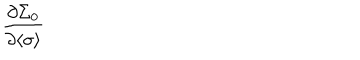
LaTeX: \frac { \partial \Sigma _ { 0 } } { \partial \langle \sigma \rangle }